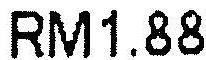
RM1.88